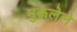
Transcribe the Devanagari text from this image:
मुकलेले